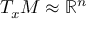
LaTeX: T _ { x } M \approx \mathbb { R } ^ { n }